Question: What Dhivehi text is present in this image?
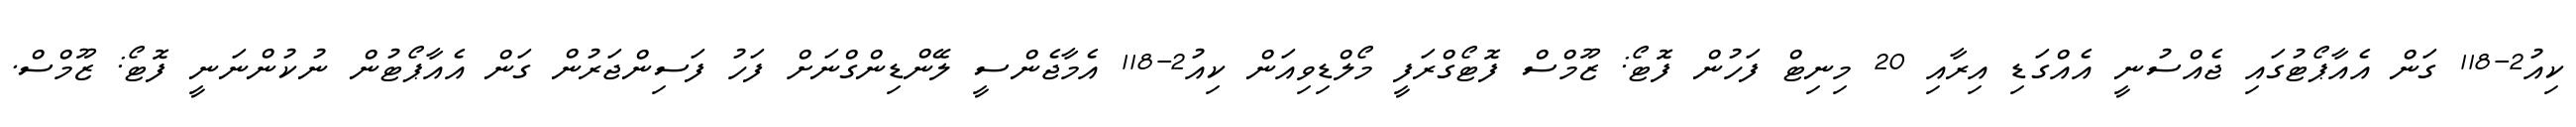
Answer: ކިއު2-118 ގަން އެއާޕޯޓުގައި ޖެއްސުނީ އެއްގަޑި އިރާއި 20 މިނިޓް ފަހުން ފޮޓޯ: ޒޫމްސް ފޮޓޯގްރަފީ މޯލްޑިވިއަން ކިއު2-118 އެމާޖެންސީ ލޭންޑިންގްނަށް ފަހު ފަސިންޖަރުން ގަން އެއާޕޯޓުން ނުކުންނަނީ ފޮޓޯ: ޒޫމްސް.